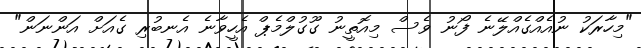
"މިހާރަކު ނުއެއްގެއްލޭނެ ފޯނު ވެސް މިއޮތީނު ގޫގުލްމެޕް އެހީވާނެ އެނބުރި ގެއަށް އަންނަން"